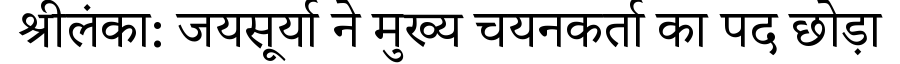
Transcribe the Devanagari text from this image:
श्रीलंका: जयसूर्या ने मुख्य चयनकर्ता का पद छोड़ा